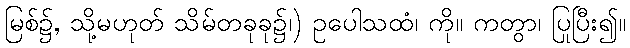
မြစ်၌, သို့မဟုတ် သိမ်တခုခု၌၊) ဥပေါသထံ၊ ကို။ ကတွာ၊ ပြုပြီး၍။